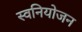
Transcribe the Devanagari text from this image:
स्वनियोजन